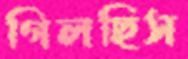
গিলছিস